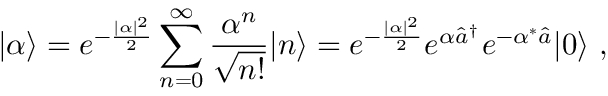
| \alpha \rangle = e ^ { - { \frac { | \alpha | ^ { 2 } } { 2 } } } \sum _ { n = 0 } ^ { \infty } { \frac { \alpha ^ { n } } { \sqrt { n ! } } } | n \rangle = e ^ { - { \frac { | \alpha | ^ { 2 } } { 2 } } } e ^ { \alpha { \hat { a } } ^ { \dagger } } e ^ { - { \alpha ^ { * } { \hat { a } } } } | 0 \rangle ~ ,